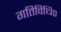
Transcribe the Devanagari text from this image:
गतिविधि०